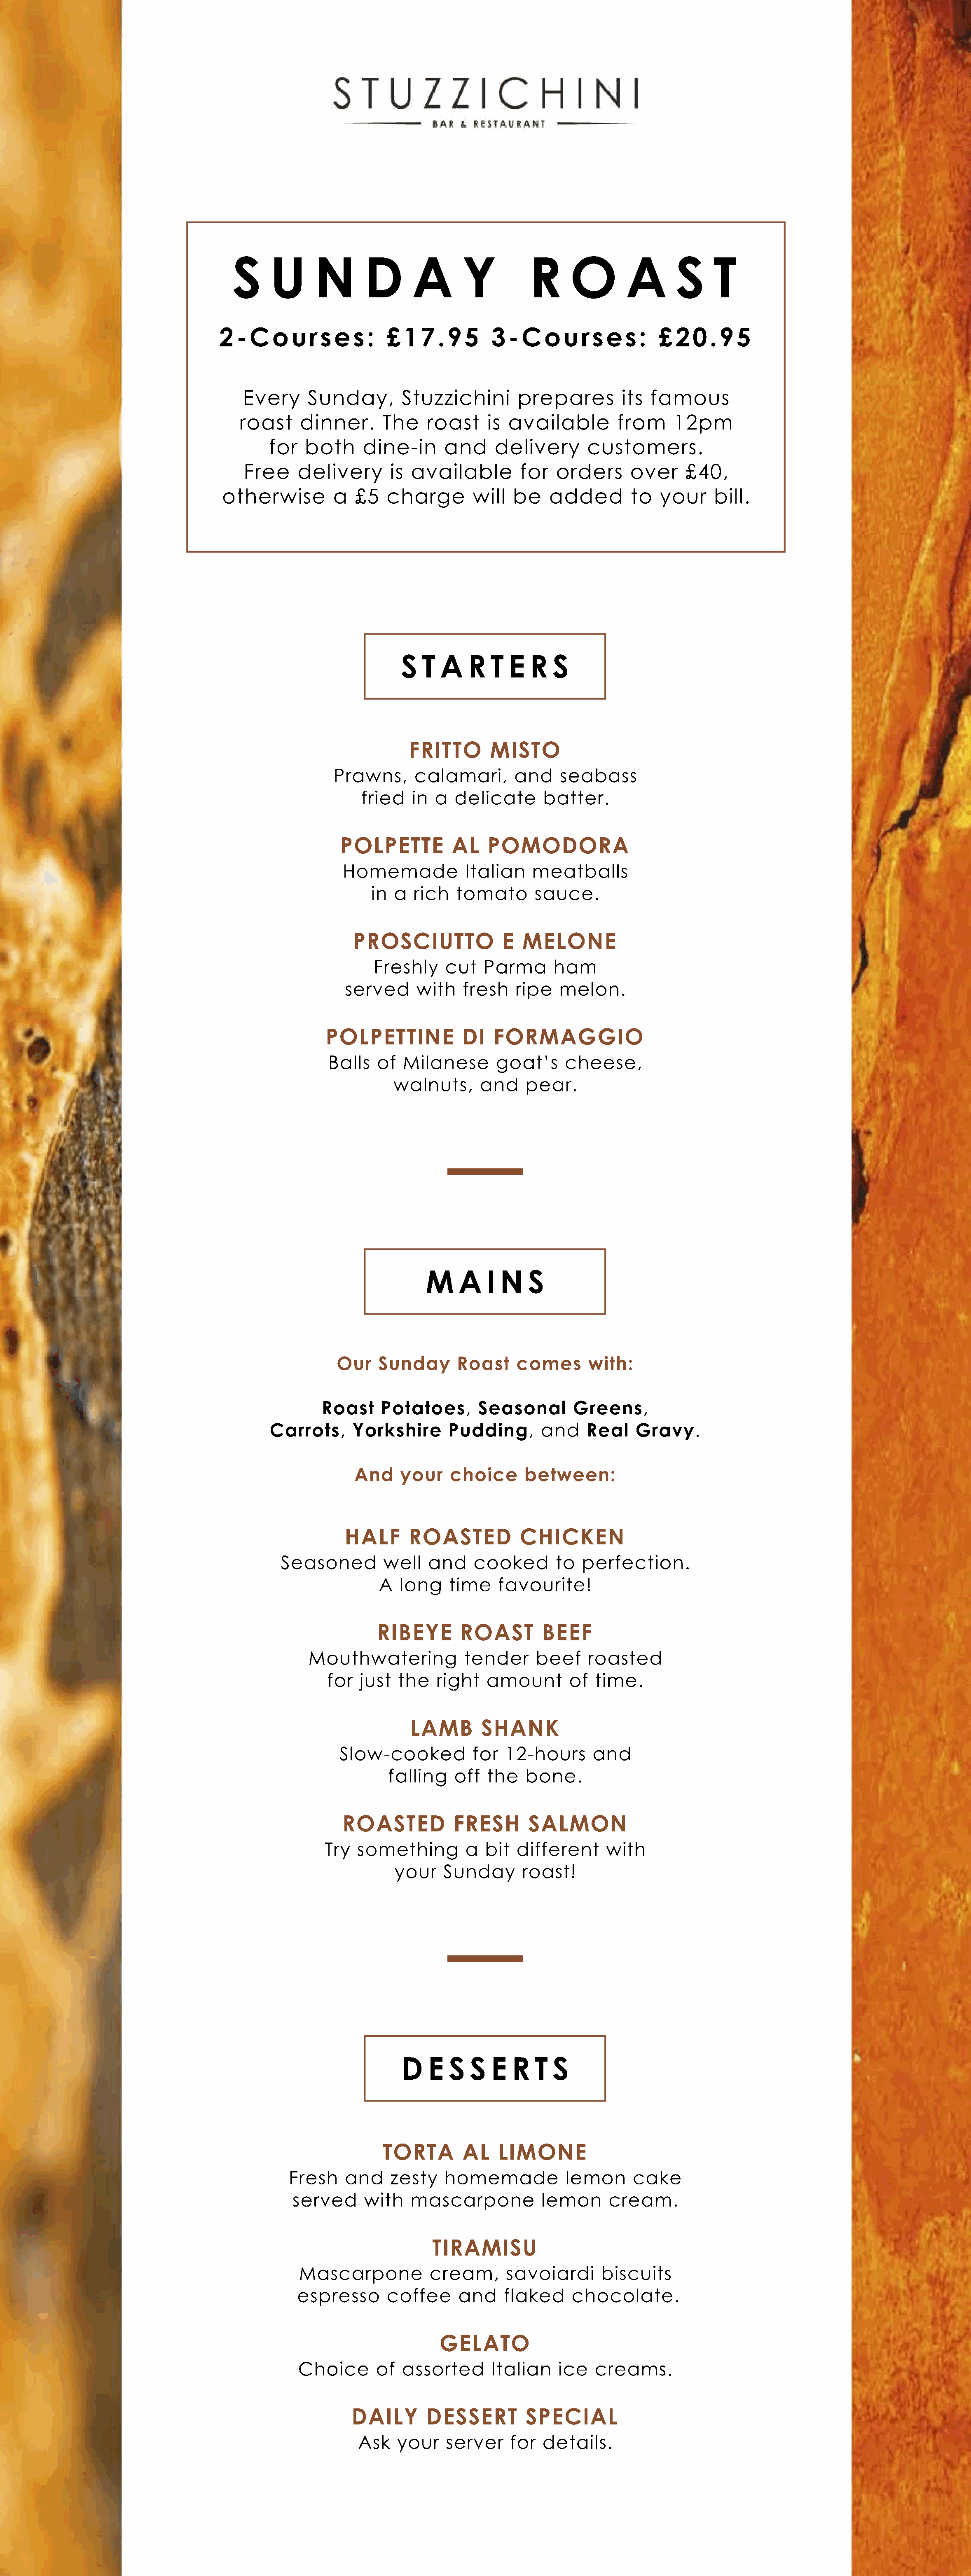
SUNDAY                                          ROAST
 2-Courses:                 £17.95           3-Courses:                 £20.95
 Every     Sunday,         Stuzzichini       prepares         its  famous
 roast     dinner.      The     roast    is  available        from     12pm
 for   both     dine-in      and     delivery       customers.
 Free     delivery       is available         for  orders      over     £40,
 otherwise         a  £5   charge        will  be    added        to   your     bill.
 STARTERS
 FRITTO       MISTO
 Prawns,      calamari,       and    seabass
 fried   in  a  delicate      batter.
 POLPETTE          AL   POMODORA
 Homemade            Italian    meatballs
 in a  rich   tomato       sauce.
 PROSCIUTTO              E  MELONE
 Freshly     cut   Parma      ham
 served      with   fresh    ripe   melon.
 POLPETTINE            DI   FORMAGGIO
 Balls   of  Milanese       goat’s     cheese,
 walnuts,      and    pear.
 MAINS
 Our    Sunday      Roast     comes       with:
 Roast    Potatoes,       Seasonal       Greens,
 Carrots,      Yorkshire      Pudding,       and    Real    Gravy.
 And    your    choice      between:
 HALF       ROASTED           CHICKEN
 Seasoned         well   and    cooked       to  perfection.
 A  long    time    favourite!
 RIBEYE       ROAST        BEEF
 Mouthwatering            tender     beef    roasted
 for  just  the   right   amount       of   time.
 LAMB       SHANK
 Slow-cooked          for  12-hours      and
 falling    off  the   bone.
 ROASTED           FRESH       SALMON
 Try  something         a  bit  different     with
 your    Sunday       roast!
 DESSERTS
 TORTA        AL    LIMONE
 Fresh    and     zesty   homemade            lemon      cake
 served     with    mascarpone           lemon      cream.
 TIRAMISU
 Mascarpone           cream,      savoiardi       biscuits
 espresso      coffee      and    flaked     chocolate.
 GELATO
 Choice      of   assorted      Italian    ice   creams.
 DAILY       DESSERT         SPECIAL
 Ask   your    server    for  details.